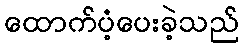
ထောက်ပံ့ပေးခဲ့သည်